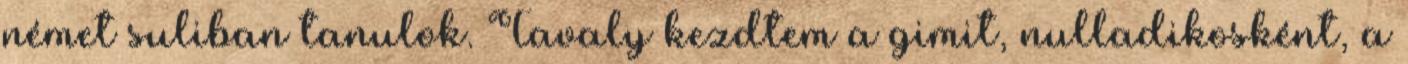
német suliban tanulok. Tavaly kezdtem a gimit, nulladikosként, a